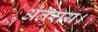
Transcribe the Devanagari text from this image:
अंतराय।